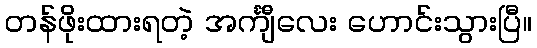
တန်ဖိုးထားရတဲ့ အင်္ကျီလေး ဟောင်းသွားပြီ။